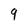
Character: 9